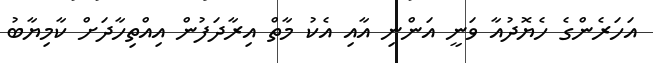
އަހަރެންގެ ހެޔޮދުއާ ވަނީ އަންނި އާއި އެކު މާތް އިރާދަފުން އިއްތިހާދަށް ކާމިޔާބު